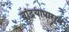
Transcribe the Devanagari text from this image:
वांद्रयापासून